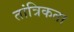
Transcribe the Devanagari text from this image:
तांत्रिकता